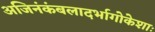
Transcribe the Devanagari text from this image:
अजिनंकंबलादर्भागोकेशाः